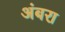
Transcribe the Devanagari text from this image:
अंबरा